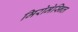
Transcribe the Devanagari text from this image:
मिरोमेस्निल